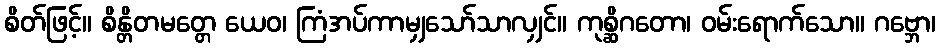
စိတ်ဖြင့်။ စိန္တိတမတ္တေ ယေဝ၊ ကြံအပ်ကာမျှသော်သာလျှင်။ ကုစ္ဆိဂတော၊ ဝမ်းရောက်သော။ ဂဗ္ဘော၊